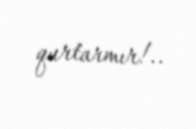
qurtarmır!..